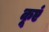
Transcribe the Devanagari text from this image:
कूएं